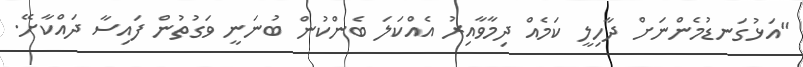
"އަޅުގަނޑުމެންނަށް ދާހިލީ ކަމެއް ދިމާވާއިރު އެއްކަލަ ބެންކުން ބުނަނީ ވަގުތުން ފައިސާ ދައްކާށޭ.